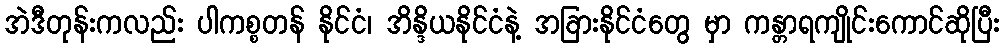
အဲဒီတုန်းကလည်း ပါကစ္စတန် နိုင်ငံ၊ အိန္ဒိယနိုင်ငံနဲ့ အခြားနိုင်ငံတွေ မှာ ကန္တာရကျိုင်းကောင်ဆိုပြီး